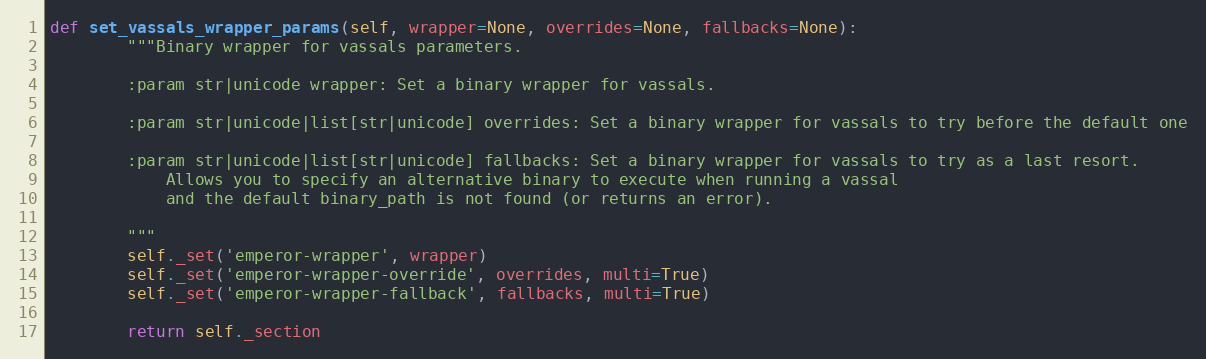
Language: Python
def set_vassals_wrapper_params(self, wrapper=None, overrides=None, fallbacks=None):
        """Binary wrapper for vassals parameters.

        :param str|unicode wrapper: Set a binary wrapper for vassals.

        :param str|unicode|list[str|unicode] overrides: Set a binary wrapper for vassals to try before the default one

        :param str|unicode|list[str|unicode] fallbacks: Set a binary wrapper for vassals to try as a last resort.
            Allows you to specify an alternative binary to execute when running a vassal
            and the default binary_path is not found (or returns an error).

        """
        self._set('emperor-wrapper', wrapper)
        self._set('emperor-wrapper-override', overrides, multi=True)
        self._set('emperor-wrapper-fallback', fallbacks, multi=True)

        return self._section